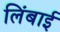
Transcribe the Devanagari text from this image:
लिंबाई